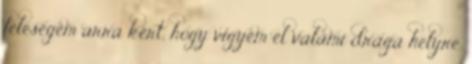
feleségem arra kért, hogy vigyem el valami drága helyre.